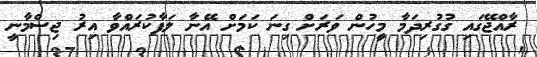
ރާއްޖޭގައި ގުގުރިދަމާ މީހުން ވަރަށް ގިނަ ކަމަށް އޭނާ ލަފާކުރައްވާ އިރު ޖިސްމާނީ